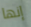
إنها